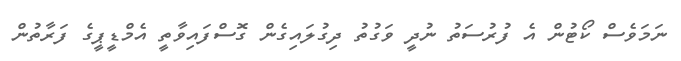
ނަމަވެސް ކޯޓުން އެ ފުރުސަތު ނުދީ ވަގުތު ދިގުލައިގެން ގޮސްފައިވާތީ އެމްޑީޕީގެ ފަރާތުން